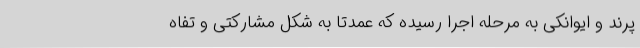
پرند و ایوانکی به مرحله اجرا رسیده که عمدتا به شکل مشارکتی و تفاه